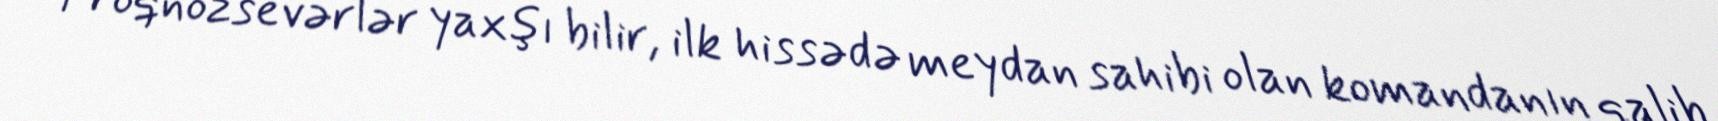
Proqnozsevərlər yaxşı bilir, ilk hissədə meydan sahibi olan komandanın qalib